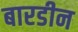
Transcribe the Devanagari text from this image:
बारडीन